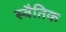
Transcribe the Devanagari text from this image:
स्वैतिक